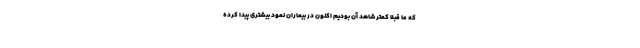
که ما قبلا کمتر شاهد آن بودیم اکنون در بیماران نمود بیشتری پیدا کرده